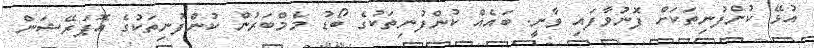
އުޅޭ ކުންފުނިތަކަށް ފޮނުވާފައި ވާނީ. ބައެއް ކުންފުނިތަކުގެ ބޯޑު މެމްބަރުން ކުންފުނިތަކުގެ އޮޕަރޭޝަން